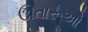
ઊતારૂઓ